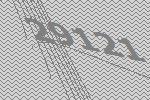
29121